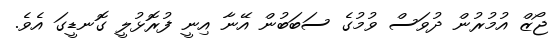
ޖޯޒް އުމުރުން ދުވަސް ވުމުގެ ސަބަބުން އޭނާ އިނީ ފުރޮޅުލީ ގޮނޑީގަ އެވެ.